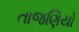
તાજણિયો